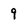
Character: 9